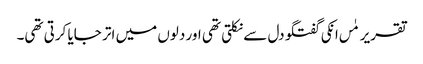
تقریر مٰں انکی گفتگو دل سے نکلتی تھی اور دلوں میں اتر جایا کرتی تھی۔